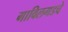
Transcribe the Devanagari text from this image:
गाविलगडचे